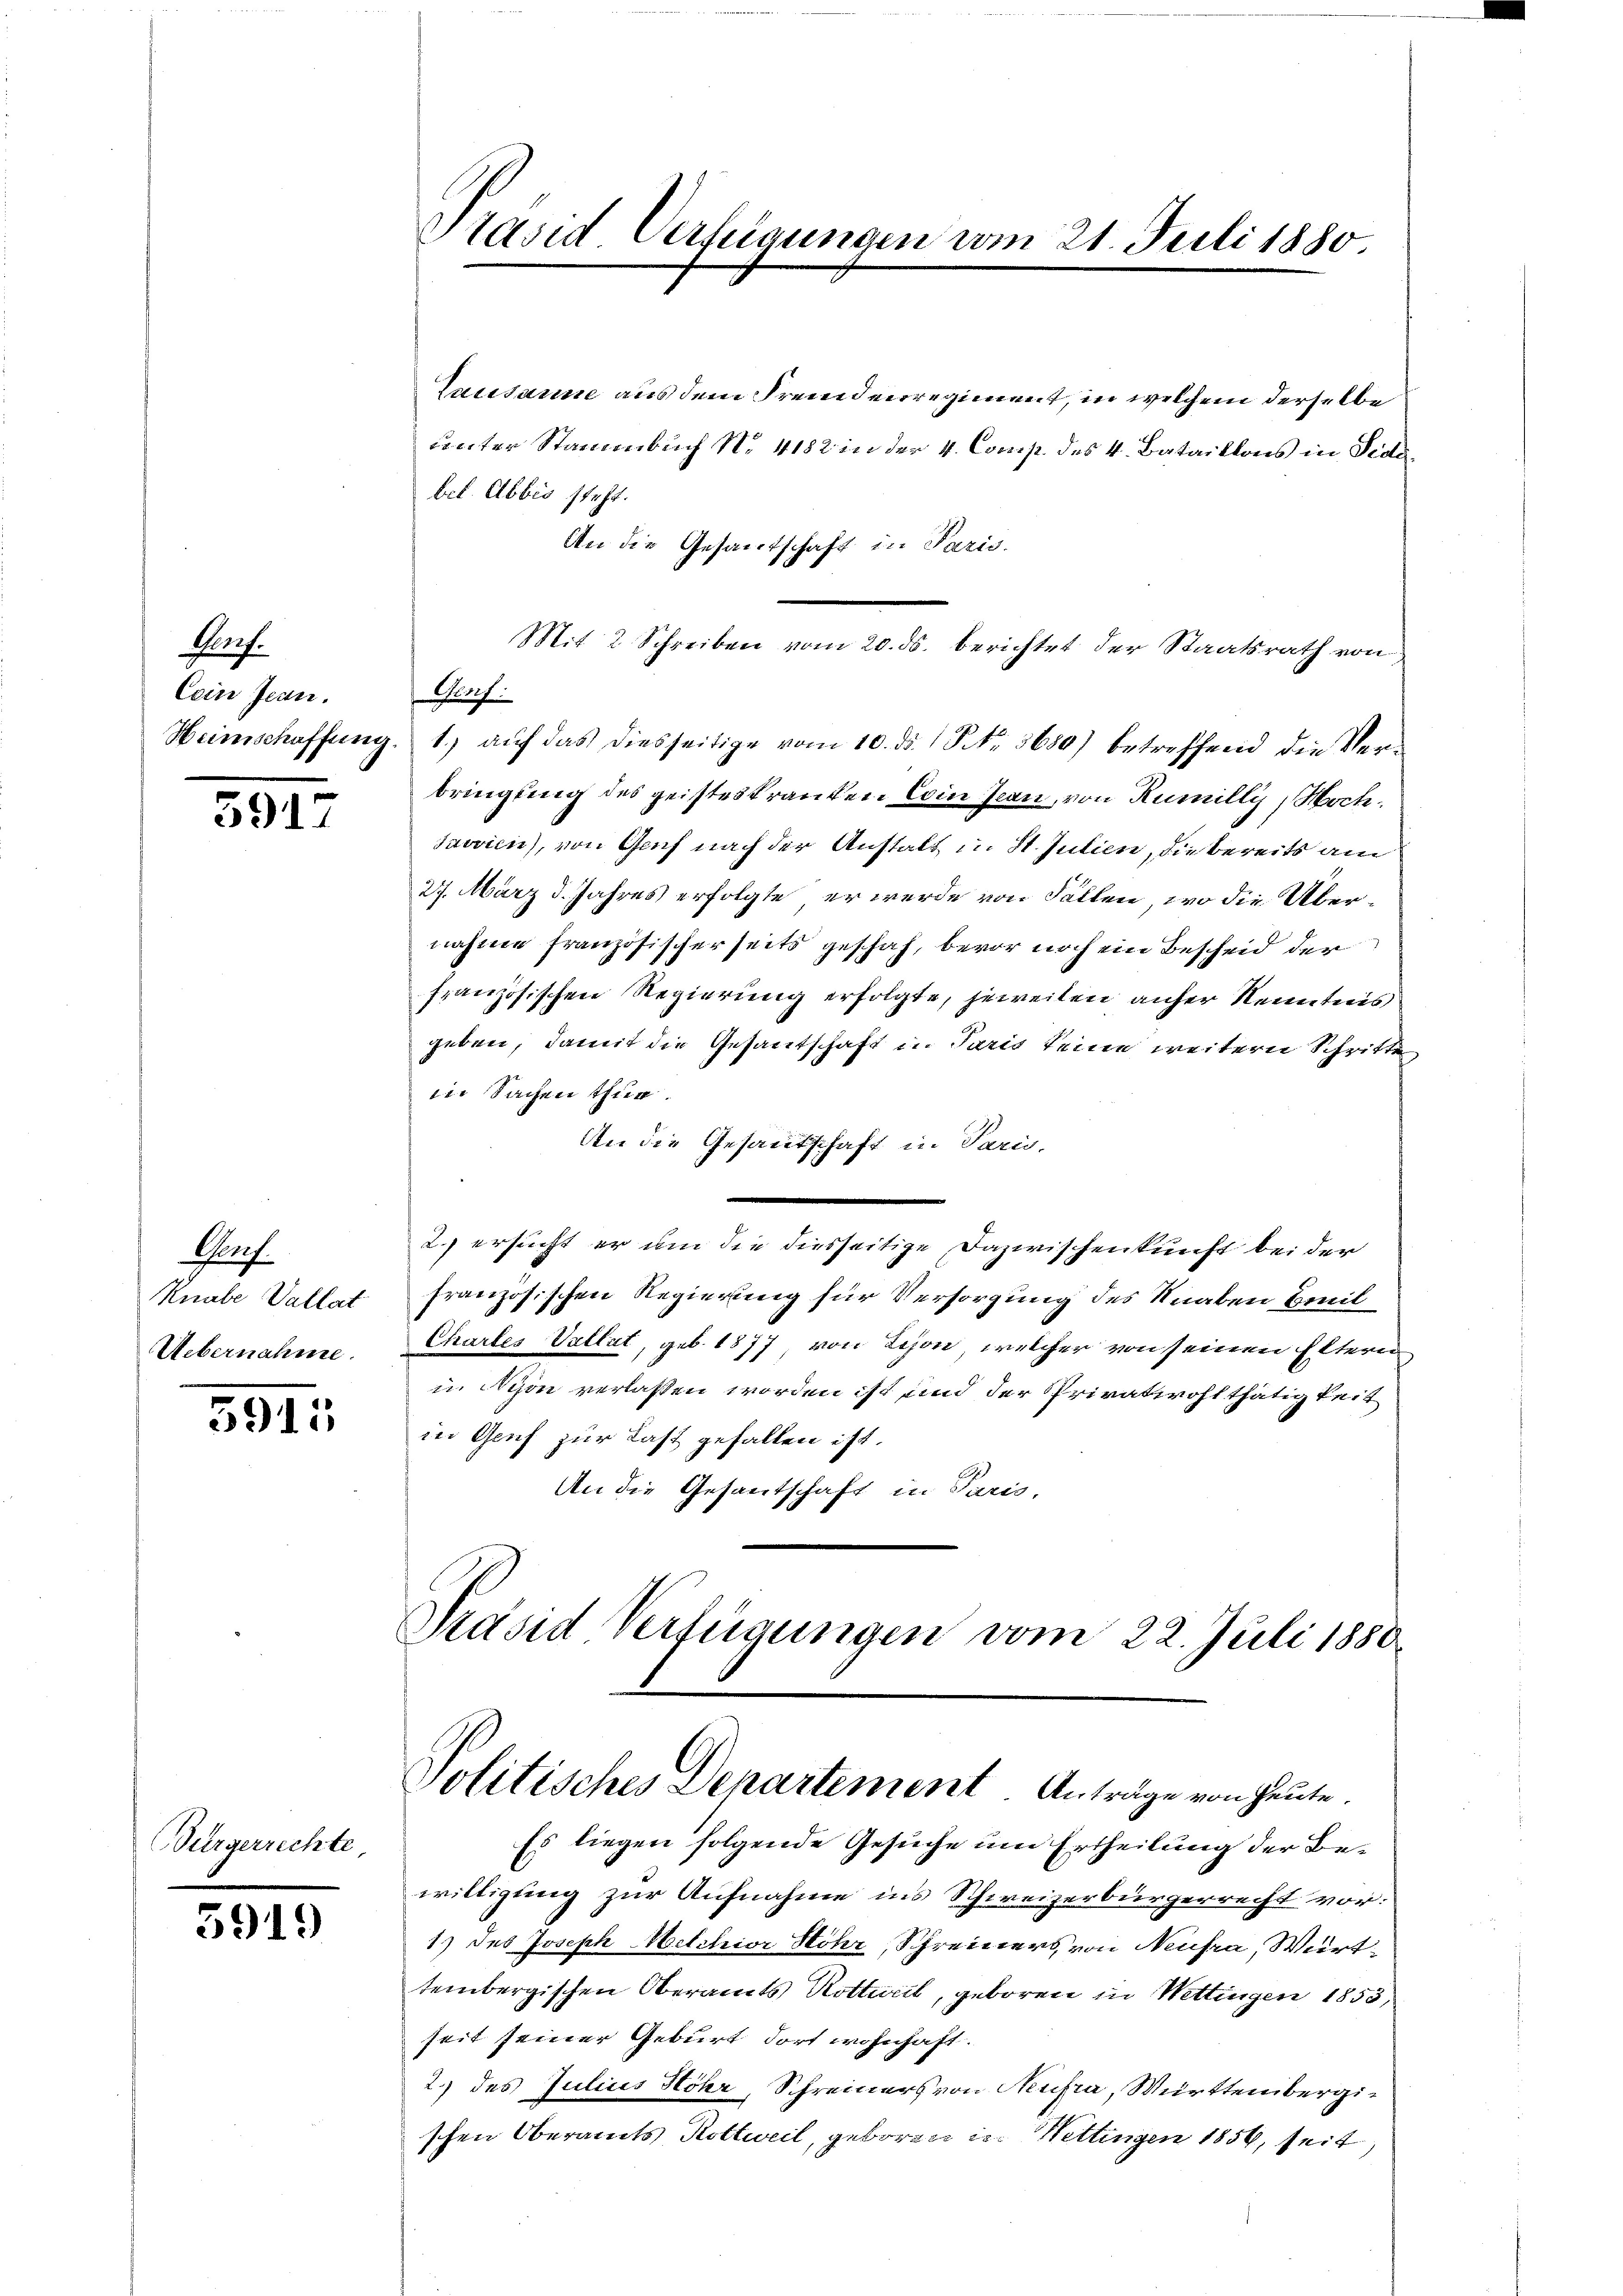
Porf.
Cein Jean.

5917

Grf
Knabe Vallat
Uebernahme.

5911

Bürgerrechte

5919

Präsid Verfügungen vom 21. Juli 1880

Lausanne aus dem Fremdenregiment, in welchem derselbe
unter Stammenbach No. 4182 in der 4. Comp. des 4. Bataillons in Fidebet. Abbis steht.
An die Gesandschaft in Paris.
Mit 2 Schreiben vom 20. ds. berichtet der Staatsrath von
Grof.
Heimschaffung 1) auf das diesseitige vom 10. ds. 1 S. 3680) betreffend die Ver-
bringung des geisteskranken Coin Jean, von Rumilly, Hoch¬
Javvien), von Genf nach der Anstalt in St. Julien, die bereits am
27. März d. Jahres erfolgte, er werde von Fällen, wo die Übernahme französischerseits geschah, bevor noch ein Bescheid der
französischen Regierung erfolgte, jeweiten anher Kenntnis
geben, damit die Gesantschaft in Paris keine weitern Schritte
die Sachen thue.
An die Gesamtschaft in Paris,
2. ersucht er um die diesseitige Dazwischenkunft bei der
französischen Regierung für Versorgung des Knaben Breil
Chartes Vallat, geb. 1877, von Leon, welcher von seinen Eltern
in Nison verlassen worden ist und der Privatwohlthätigkeit
in Genf zur Last gefallen ist.
An die Gesantschaft in Paris.
Präsid Verfügungen vom 22. Juli 1880.

Politisches Departement. Anträge von heute.
Es liegen folgende Gesuche um Ertheilung der Be¬

willigung zur Aufnahme in’s Schweizerbürgerrecht vor:
1) des Joseph Melchior Hohr, Schreiners von Neusa, Wirt
tembergischen Oberamts Rottweil, geboren in Wettingen 1853,
seit seiner Geburt dort wohnhaft.
2.) des Julius Höhr, Schreiners von Neufra, Württembergischen Oberamts Rottweil, geboren in Wettingen 1856, seit